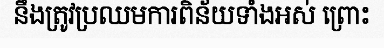
នឹងត្រូវប្រឈមការពិន័យទាំងអស់ ព្រោះ